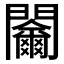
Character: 𨷬